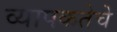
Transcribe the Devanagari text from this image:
व्यापकतेचे